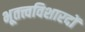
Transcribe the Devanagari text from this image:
भूतत्त्वविशारदों